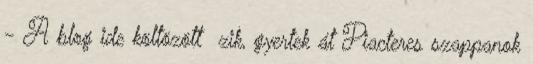
- A blog ide költözött zik, gyertek át Piacteres szappanok